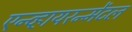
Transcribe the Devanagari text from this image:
एन्व्हायरन्मेंटल